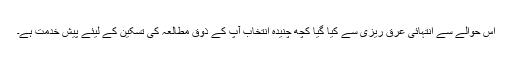
اس حوالے سے انتہائی عرق ریزی سے کیا گیا کچھ چنیدہ انتخاب آپ کے ذوقِ مطالعہ کی تسکین کے لیئے پیشِ خدمت ہے۔